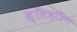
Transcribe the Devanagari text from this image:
स्लिदरिन